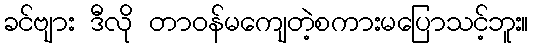
ခင်ဗျား ဒီလို တာဝန်မကျေတဲ့စကားမပြောသင့်ဘူး။